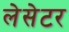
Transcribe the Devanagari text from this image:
लेसेटर